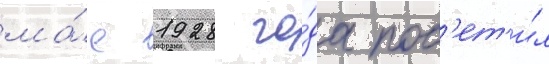
ма́е 1928 го́да пос'ет'и́л